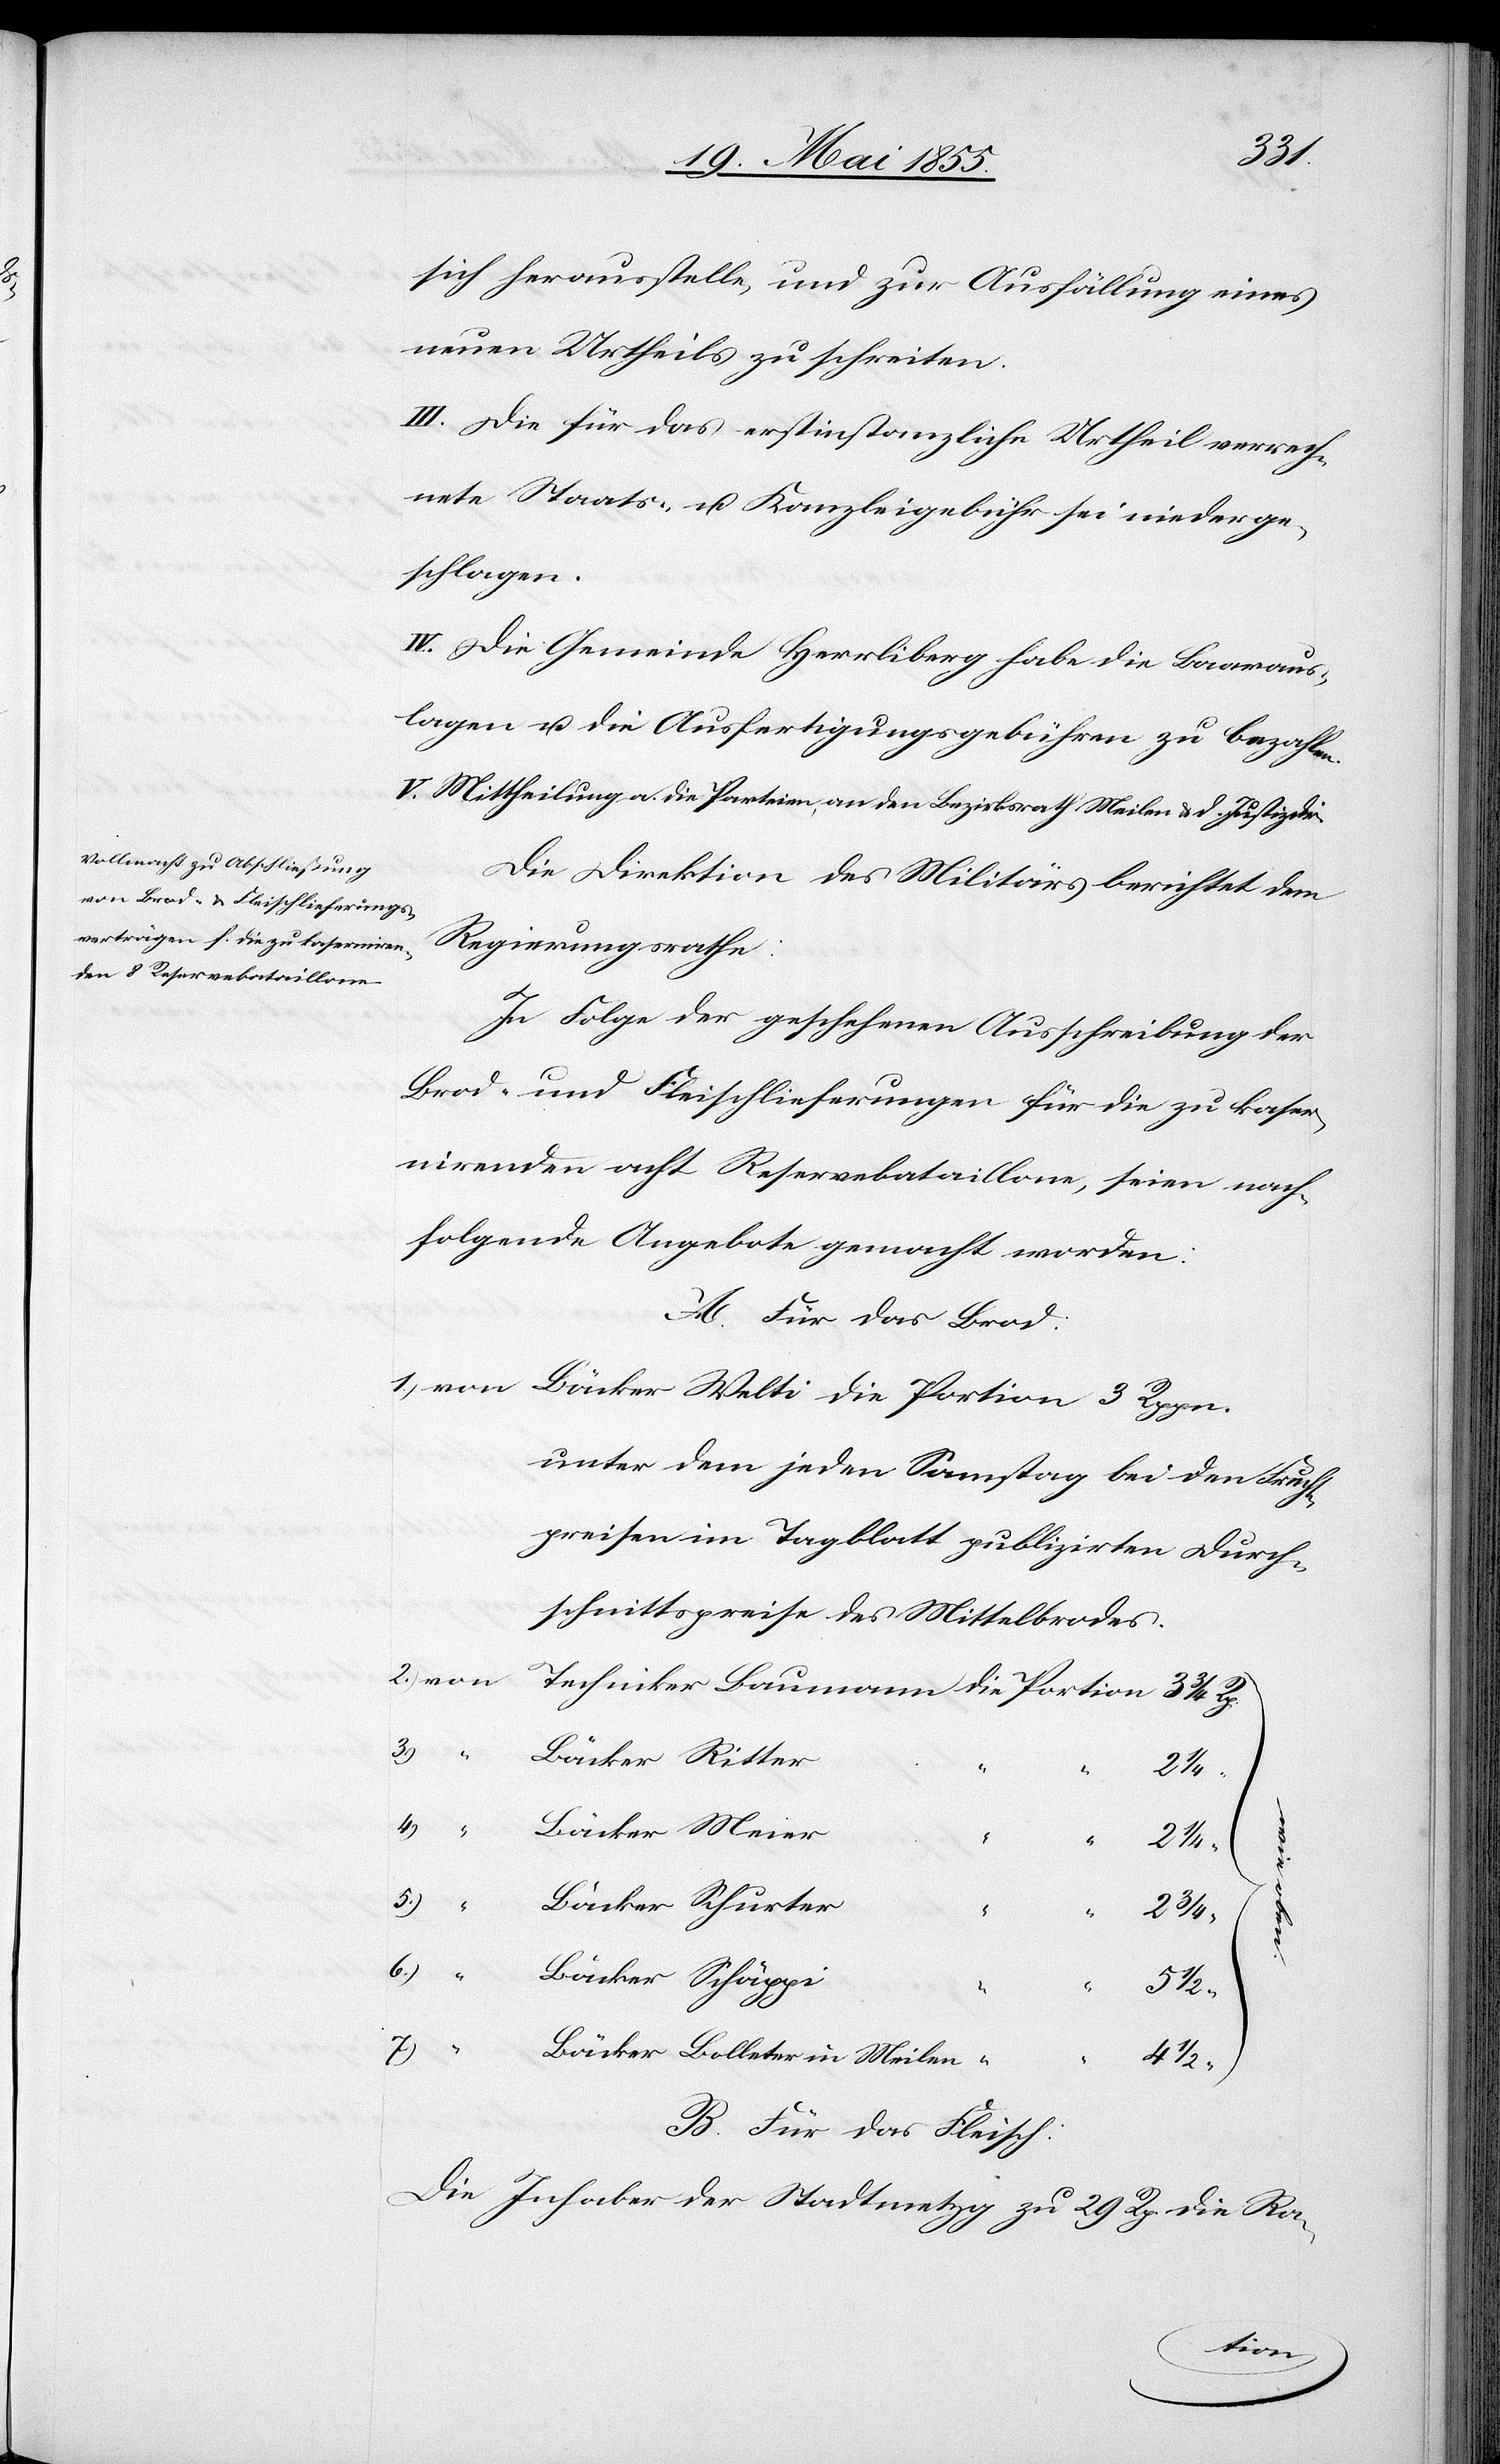
sich herausstelle, und zur Ausfällung eines
neuen Urtheils zu schreiten.
III. Die für das erstinstanzliche Urtheil verrech¬
nete Staats- u. Kanzleigebühr sei niederge¬
schlagen.
IV. Die Gemeinde Herrliberg habe die Baaraus¬
lagen u. die Ausfertigungsgebühren zu bezahlen.
V. Mittheilung a. die Parteien, an den Bezirksrath Meilen & d. Justizdir.
Die Direktion des Militärs berichtet dem
Regierungsrathe.
In Folge der geschehenen Ausschreibung der
Brod- und Fleischlieferungen für die zu kasern¬
irenden acht Reservebataillone, seien nach¬
folgende Angebote gemacht worden:
A. Für das Brod:
unter dem jeden Samstag bei den Frucht¬
preisen im Tagblatt publizirten Durch¬
schnittspreise des Mittelbrodes.
Bäcker Ritter
2
4.) “
Bäcker Meier
5.)
Bäcker Schurter
2
3/4
6.) “
Bäcker Schäppi
5 1/2
7.)
Bäcker Bolleter in Meilen
4
B. Für das Fleisch:
Die Inhaber der Stadtmetzg
zu 29 Rp. die Ra-
tion